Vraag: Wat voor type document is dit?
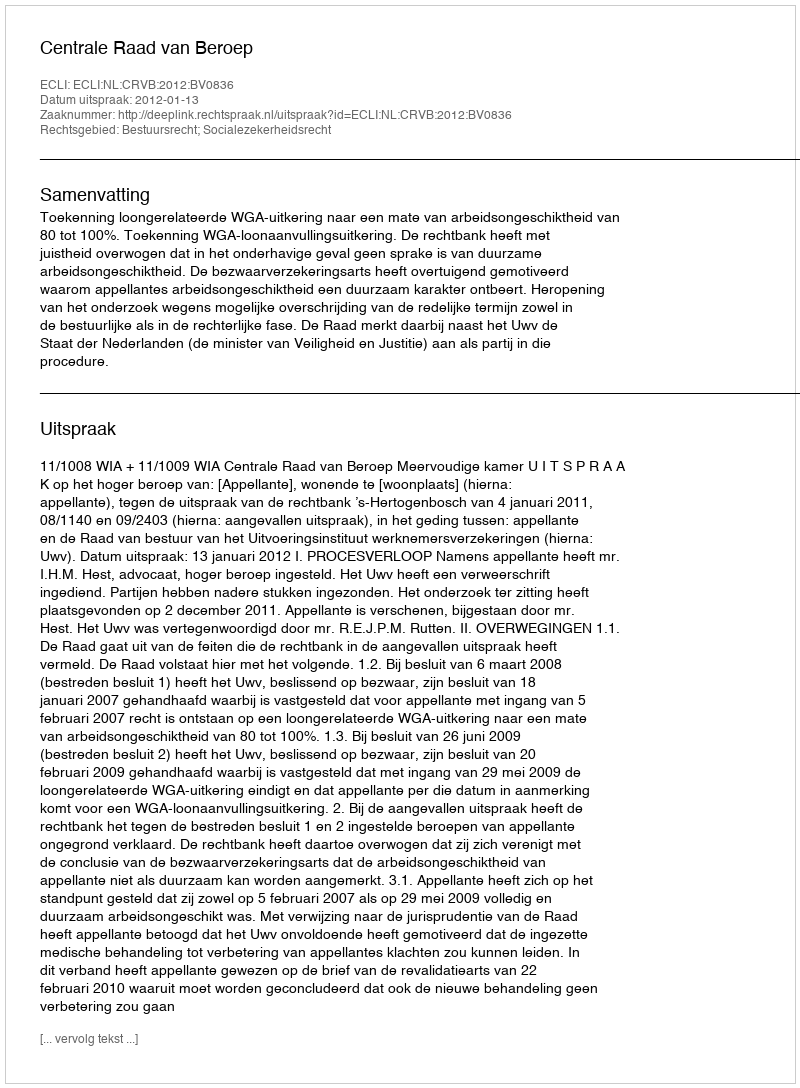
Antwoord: Uitspraak